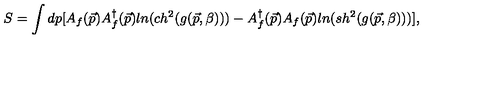
S = \int d p [ A _ { f } ( \vec { p } ) A _ { f } ^ { \dagger } ( \vec { p } ) l n ( c h ^ { 2 } ( g ( \vec { p } , \beta ) ) ) - A _ { f } ^ { \dagger } ( \vec { p } ) A _ { f } ( \vec { p } ) l n ( s h ^ { 2 } ( g ( \vec { p } , \beta ) ) ) ] ,